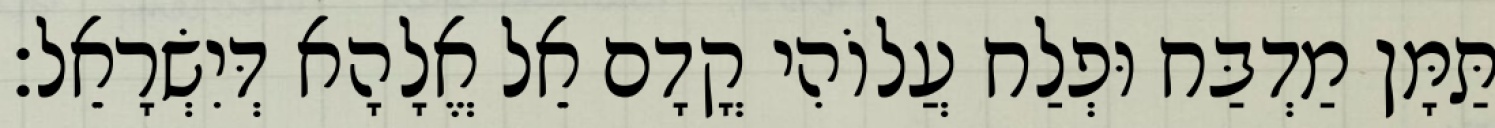
תַּמָּן מַדְבַּח וּפְלַח עֲלוֹהִי קֳדָם אֵל אֱלָהָא דְּיִשְׂרָאֵל׃